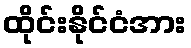
ထိုင်းနိုင်ငံအား